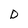
Character: D